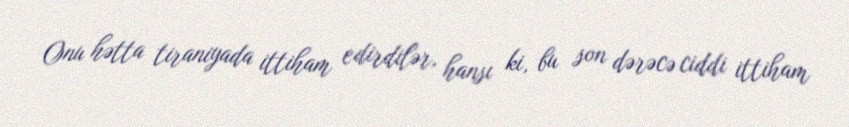
Onu hətta tiraniyada ittiham edirdilər, hansı ki, bu son dərəcə ciddi ittiham